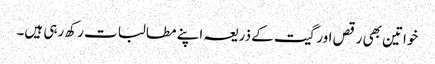
خواتین بھی رقص اورگیت کے ذریعہ اپنے مطالبات رکھ رہی ہیں۔